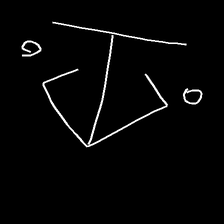
Glyph: earth